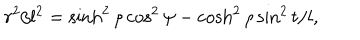
r ^ { 2 } / l ^ { 2 } = \sinh ^ { 2 } \rho \cos ^ { 2 } \psi - \cosh ^ { 2 } \rho \sin ^ { 2 } t / l ,